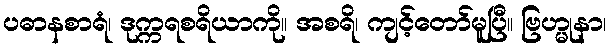
ပဓာနစာရံ၊ ဒုက္ကရစရိယာကို။ အစရိ၊ ကျင့်တော်မူပြီ။ ဗြဟ္မုနာ၊